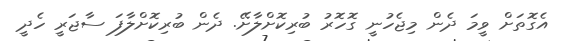
އެގޮތަށް ވީމަ ދެން މިޖެހުނީ ގޮހޮރު ބުރިކޮށްލާށޭ. ދެން ބުރިކޮށްލާފަ ސާޖަރީ ހެދީ